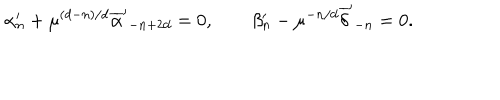
LaTeX: \alpha _ { n } ^ { \prime } + \mu ^ { ( d - n ) / d } { \overline { { \alpha } } ^ { \prime } } _ { - n + 2 d } = 0 , \qquad \beta _ { n } ^ { \prime } - \mu ^ { - n / d } { \overline { { \delta } } ^ { \prime } } _ { - n } = 0 .